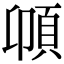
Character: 𩑝